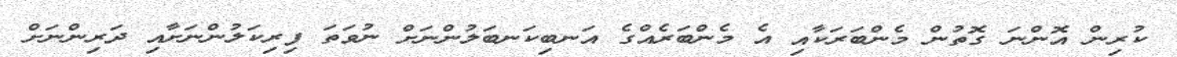
ކުރިން އޮންނަ ގޮތުން މެންބަރަކާއި އެ މެންބަރެއްގެ އަނބިކަނބަލުންނަށް ނުވަތަ ފިރިކަލުންނަށާއި ދަރިންނަށް